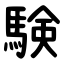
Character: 験